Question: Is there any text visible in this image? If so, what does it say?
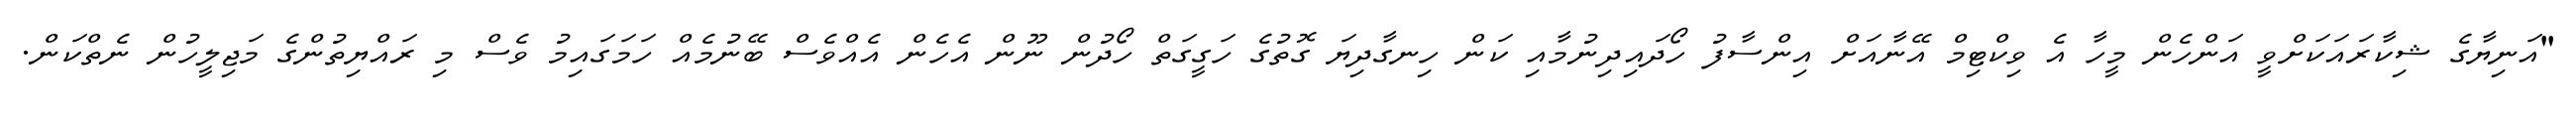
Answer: "އަނިޔާގެ ޝިކާރައަކަށްވީ އަންހެން މީހާ އެ ވިކްޓިމް އޭނާއަށް އިންސާފު ހޯދައިދިނުމާއި ކަން ހިނގާދިޔަ ގޮތުގެ ހަގީގަތް ހޯދުން ނޫން އެހެން އެއްވެސް ބޭނުމެއް ހަމަގައިމު ވެސް މި ރައްޔިތުންގެ މަޖިލީހުން ނެތްކަން.